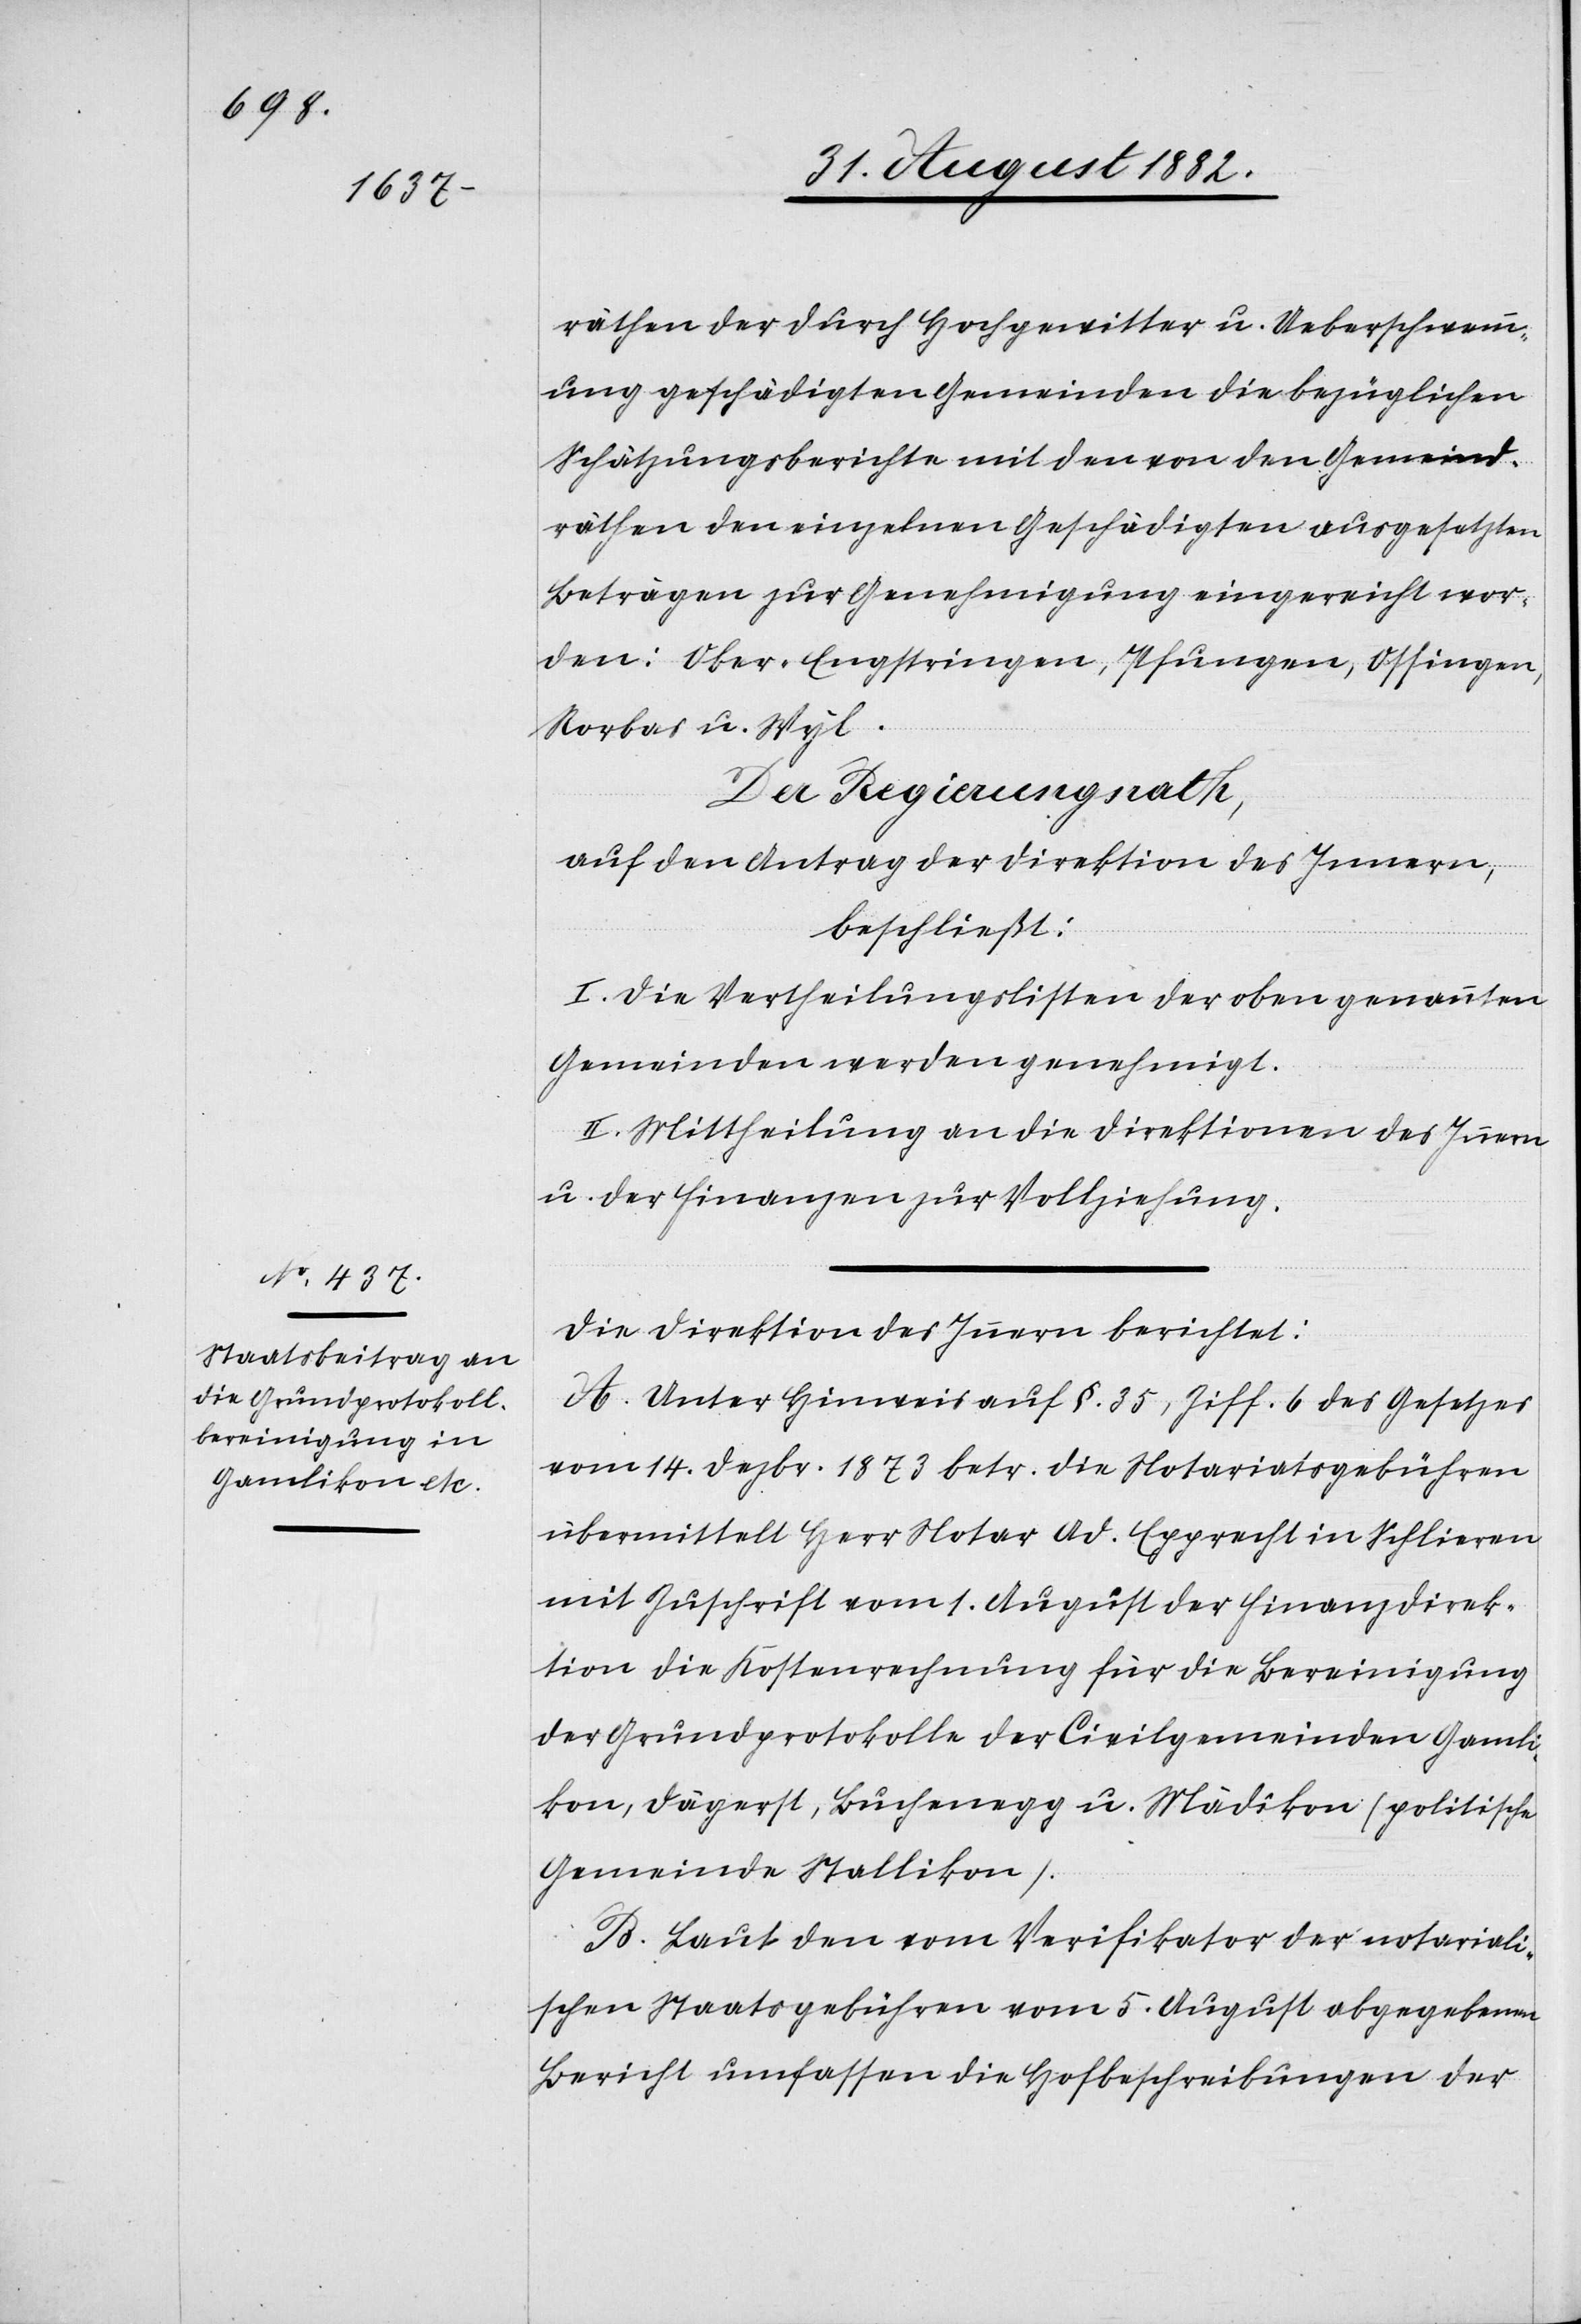
räthen der durch Hochgewitter u. Ueberschwemm¬
ung geschädigten Gemeinden die bezüglichen
Schätzungsberichte mit den von den Gemeind¬
räthen den einzelnen Geschädigten ausgesetzten
Beträgen zur Genehmigung eingereicht wor¬
den: Ober-Engstringen, Pfungen, Ossingen,
Rorbas u. Wyl.
Der Regierungsrath,
auf den Antrag der Direktion des Innern,
beschließt:
I. Die Vertheilungslisten der oben genannten
Gemeinden werden genehmigt.
II. Mittheilung an die Direktionen des Innern
u. der Finanzen zur Vollziehung.
Die Direktion des Innern berichtet:
A. Unter Hinweis auf §. 35, Ziff. 6 des Gesetzes
vom 14. Dezbr. 1873 betr. die Notariatsgebühren
übermittelt Herr Notar Ad. Epprecht in Schlieren
mit Zuschrift vom 1. August der Finanzdirek¬
tion die Kostenrechnung für die Bereinigung
der Grundprotokolle der Civilgemeinden Gamli¬
kon, Dägerst, Buchenegg u. Mädikon (politische
Gemeinde Stallikon).
B. Laut dem vom Verifikator der notariali¬
schen Staatsgebühren vom 5. August abgegebenen
Bericht umfassen die Hofbeschreibungen der